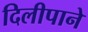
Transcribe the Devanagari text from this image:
दिलीपाने